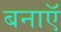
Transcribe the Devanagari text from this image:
बनाऍ